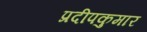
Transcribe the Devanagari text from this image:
प्रदीपकुमार